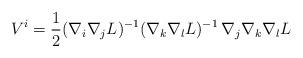
LaTeX: \begin{align*}V^i=\frac12 (\nabla_i\nabla_j L)^{-1}(\nabla_k\nabla_l L)^{-1}\,\nabla_j\nabla_k \nabla_l L\end{align*}